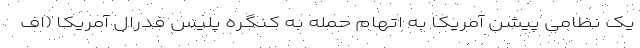
یک نظامی پیشن آمریکا به اتهام حمله به کنگره پلیس فدرال آمریکا (اف